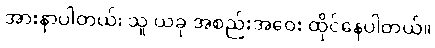
အားနာပါတယ်၊ သူ ယခု အစည်းအဝေး ထိုင်နေပါတယ်။